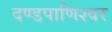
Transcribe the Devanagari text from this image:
दण्‍डपाणिश्‍वर